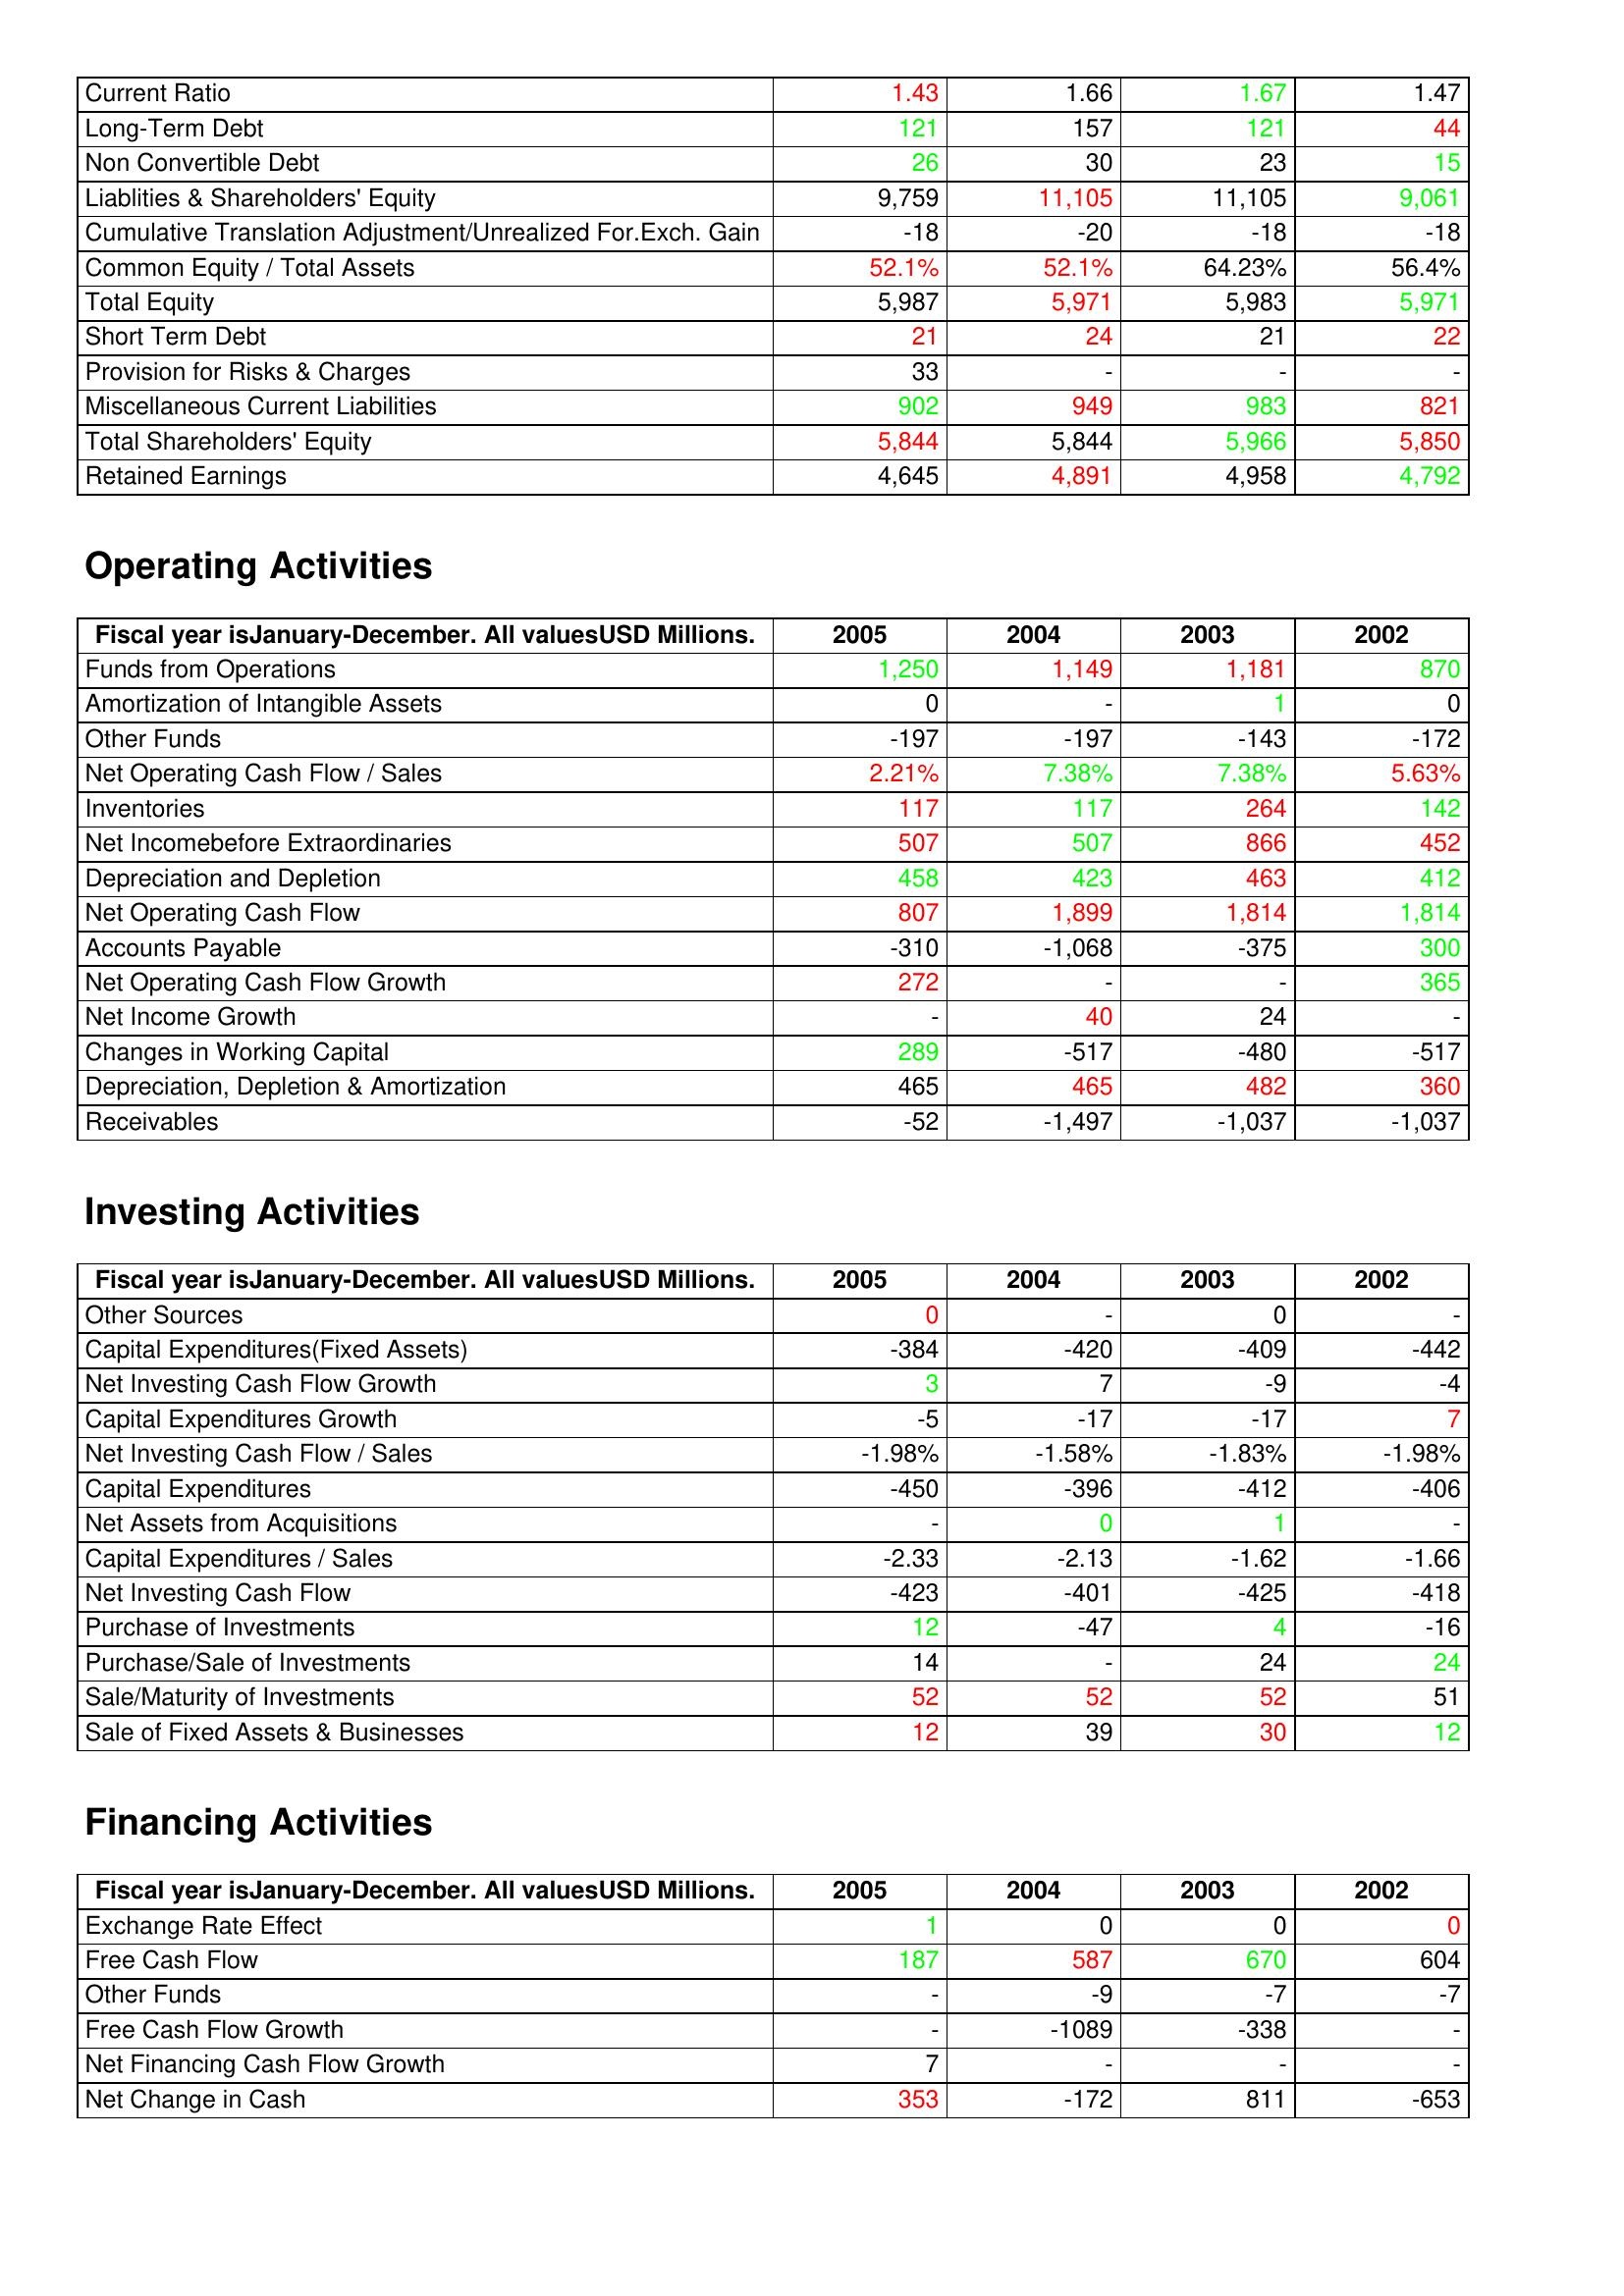
gt_parse: 2005: Liabilities & Shareholder's Equity: Current Ratio: 1.43
Long-Term Debt: 121
Non Convertible Debt: 26
Liablities & Shareholders' Equity: 9,759
Cumulative Translation Adjustment/Unrealized For.Exch. Gain: -18
Common Equity / Total Assets: 52.1%
Total Equity: 5,987
Short Term Debt: 21
Provision for Risks & Charges: 33
Miscellaneous Current Liabilities: 902
Total Shareholders' Equity: 5,844
Retained Earnings: 4,645
Operating Activities: Funds from Operations: 1,250
Amortization of Intangible Assets: 0
Other Funds: -197
Net Operating Cash Flow / Sales: 2.21%
Inventories: 117
Net Incomebefore Extraordinaries: 507
Depreciation and Depletion: 458
Net Operating Cash Flow: 807
Accounts Payable: -310
Net Operating Cash Flow Growth: 272
Net Income Growth: -
Changes in Working Capital: 289
Depreciation, Depletion & Amortization: 465
Receivables: -52
Investing Activities: Other Sources: 0
Capital Expenditures(Fixed Assets): -384
Net Investing Cash Flow Growth: 3
Capital Expenditures Growth: -5
Net Investing Cash Flow / Sales: -1.98%
Capital Expenditures: -450
Net Assets from Acquisitions: -
Capital Expenditures / Sales: -2.33
Net Investing Cash Flow: -423
Purchase of Investments: 12
Purchase/Sale of Investments: 14
Sale/Maturity of Investments: 52
Sale of Fixed Assets & Businesses: 12
Financing Activities: Exchange Rate Effect: 1
Free Cash Flow: 187
Other Funds: -
Free Cash Flow Growth: -
Net Financing Cash Flow Growth: 7
Net Change in Cash: 353
2004: Liabilities & Shareholder's Equity: Current Ratio: 1.66
Long-Term Debt: 157
Non Convertible Debt: 30
Liablities & Shareholders' Equity: 11,105
Cumulative Translation Adjustment/Unrealized For.Exch. Gain: -20
Common Equity / Total Assets: 52.1%
Total Equity: 5,971
Short Term Debt: 24
Provision for Risks & Charges: -
Miscellaneous Current Liabilities: 949
Total Shareholders' Equity: 5,844
Retained Earnings: 4,891
Operating Activities: Funds from Operations: 1,149
Amortization of Intangible Assets: -
Other Funds: -197
Net Operating Cash Flow / Sales: 7.38%
Inventories: 117
Net Incomebefore Extraordinaries: 507
Depreciation and Depletion: 423
Net Operating Cash Flow: 1,899
Accounts Payable: -1,068
Net Operating Cash Flow Growth: -
Net Income Growth: 40
Changes in Working Capital: -517
Depreciation, Depletion & Amortization: 465
Receivables: -1,497
Investing Activities: Other Sources: -
Capital Expenditures(Fixed Assets): -420
Net Investing Cash Flow Growth: 7
Capital Expenditures Growth: -17
Net Investing Cash Flow / Sales: -1.58%
Capital Expenditures: -396
Net Assets from Acquisitions: 0
Capital Expenditures / Sales: -2.13
Net Investing Cash Flow: -401
Purchase of Investments: -47
Purchase/Sale of Investments: -
Sale/Maturity of Investments: 52
Sale of Fixed Assets & Businesses: 39
Financing Activities: Exchange Rate Effect: 0
Free Cash Flow: 587
Other Funds: -9
Free Cash Flow Growth: -1089
Net Financing Cash Flow Growth: -
Net Change in Cash: -172
2003: Liabilities & Shareholder's Equity: Current Ratio: 1.67
Long-Term Debt: 121
Non Convertible Debt: 23
Liablities & Shareholders' Equity: 11,105
Cumulative Translation Adjustment/Unrealized For.Exch. Gain: -18
Common Equity / Total Assets: 64.23%
Total Equity: 5,983
Short Term Debt: 21
Provision for Risks & Charges: -
Miscellaneous Current Liabilities: 983
Total Shareholders' Equity: 5,966
Retained Earnings: 4,958
Operating Activities: Funds from Operations: 1,181
Amortization of Intangible Assets: 1
Other Funds: -143
Net Operating Cash Flow / Sales: 7.38%
Inventories: 264
Net Incomebefore Extraordinaries: 866
Depreciation and Depletion: 463
Net Operating Cash Flow: 1,814
Accounts Payable: -375
Net Operating Cash Flow Growth: -
Net Income Growth: 24
Changes in Working Capital: -480
Depreciation, Depletion & Amortization: 482
Receivables: -1,037
Investing Activities: Other Sources: 0
Capital Expenditures(Fixed Assets): -409
Net Investing Cash Flow Growth: -9
Capital Expenditures Growth: -17
Net Investing Cash Flow / Sales: -1.83%
Capital Expenditures: -412
Net Assets from Acquisitions: 1
Capital Expenditures / Sales: -1.62
Net Investing Cash Flow: -425
Purchase of Investments: 4
Purchase/Sale of Investments: 24
Sale/Maturity of Investments: 52
Sale of Fixed Assets & Businesses: 30
Financing Activities: Exchange Rate Effect: 0
Free Cash Flow: 670
Other Funds: -7
Free Cash Flow Growth: -338
Net Financing Cash Flow Growth: -
Net Change in Cash: 811
2002: Liabilities & Shareholder's Equity: Current Ratio: 1.47
Long-Term Debt: 44
Non Convertible Debt: 15
Liablities & Shareholders' Equity: 9,061
Cumulative Translation Adjustment/Unrealized For.Exch. Gain: -18
Common Equity / Total Assets: 56.4%
Total Equity: 5,971
Short Term Debt: 22
Provision for Risks & Charges: -
Miscellaneous Current Liabilities: 821
Total Shareholders' Equity: 5,850
Retained Earnings: 4,792
Operating Activities: Funds from Operations: 870
Amortization of Intangible Assets: 0
Other Funds: -172
Net Operating Cash Flow / Sales: 5.63%
Inventories: 142
Net Incomebefore Extraordinaries: 452
Depreciation and Depletion: 412
Net Operating Cash Flow: 1,814
Accounts Payable: 300
Net Operating Cash Flow Growth: 365
Net Income Growth: -
Changes in Working Capital: -517
Depreciation, Depletion & Amortization: 360
Receivables: -1,037
Investing Activities: Other Sources: -
Capital Expenditures(Fixed Assets): -442
Net Investing Cash Flow Growth: -4
Capital Expenditures Growth: 7
Net Investing Cash Flow / Sales: -1.98%
Capital Expenditures: -406
Net Assets from Acquisitions: -
Capital Expenditures / Sales: -1.66
Net Investing Cash Flow: -418
Purchase of Investments: -16
Purchase/Sale of Investments: 24
Sale/Maturity of Investments: 51
Sale of Fixed Assets & Businesses: 12
Financing Activities: Exchange Rate Effect: 0
Free Cash Flow: 604
Other Funds: -7
Free Cash Flow Growth: -
Net Financing Cash Flow Growth: -
Net Change in Cash: -653